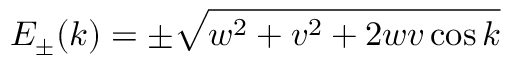
E _ { \pm } ( k ) = \pm \sqrt { w ^ { 2 } + v ^ { 2 } + 2 w v \cos k }